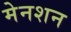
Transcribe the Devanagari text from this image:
मेनशन